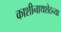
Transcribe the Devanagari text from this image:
काशीनाथशेठच्या